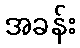
အခန်း